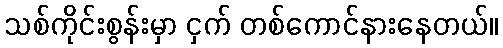
သစ်ကိုင်းစွန်းမှာ ငှက် တစ်ကောင်နားနေတယ်။